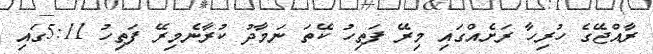
ރާއްޖޭގެ ހުރިހާ ރަށެއްގައި މިރޭ ފަތިހު ކޭތަ ނަމާދު ކުރާނެމިރޭ ފަތިހު 5:11ގައި